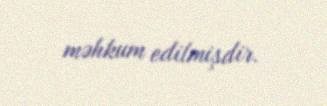
məhkum edilmişdir.